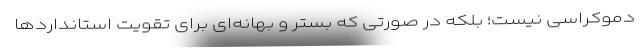
دموکراسی نیست؛ بلکه در صورتی که بستر و بهانه‌ای برای تقویت استانداردها